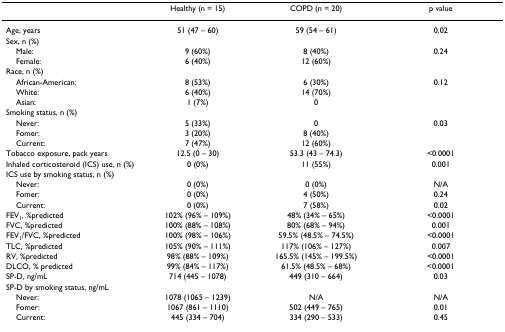
<table><thead><tr><td></td><td><b>Healthy (n = 15)</b></td><td><b>COPD (n = 20)</b></td><td><b>p value</b></td></tr></thead><tbody><tr><td>Age, years</td><td>51 (47 – 60)</td><td>59 (54 – 61)</td><td>0.02</td></tr><tr><td>Sex, n (%)</td><td></td><td></td><td></td></tr><tr><td> Male:</td><td>9 (60%)</td><td>8 (40%)</td><td>0.24</td></tr><tr><td> Female:</td><td>6 (40%)</td><td>12 (60%)</td><td></td></tr><tr><td>Race, n (%)</td><td></td><td></td><td></td></tr><tr><td> African-American:</td><td>8 (53%)</td><td>6 (30%)</td><td>0.12</td></tr><tr><td> White:</td><td>6 (40%)</td><td>14 (70%)</td><td></td></tr><tr><td> Asian:</td><td>1 (7%)</td><td>0</td><td></td></tr><tr><td>Smoking status, n (%)</td><td></td><td></td><td></td></tr><tr><td> Never:</td><td>5 (33%)</td><td>0</td><td>0.03</td></tr><tr><td> Fomer:</td><td>3 (20%)</td><td>8 (40%)</td><td></td></tr><tr><td> Current:</td><td>7 (47%)</td><td>12 (60%)</td><td></td></tr><tr><td>Tobacco exposure, pack years</td><td>12.5 (0 – 30)</td><td>53.3 (43 – 74.3)</td><td>&lt;0.0001</td></tr><tr><td>Inhaled corticosteroid (ICS) use, n (%)</td><td>0 (0%)</td><td>11 (55%)</td><td>0.001</td></tr><tr><td>ICS use by smoking status, n (%)</td><td></td><td></td><td></td></tr><tr><td> Never:</td><td>0 (0%)</td><td>0 (0%)</td><td>N/A</td></tr><tr><td> Fomer:</td><td>0 (0%)</td><td>4 (50%)</td><td>0.24</td></tr><tr><td> Current:</td><td>0 (0%)</td><td>7 (58%)</td><td>0.02</td></tr><tr><td>FEV<sub>1</sub>, %predicted</td><td>102% (96% – 109%)</td><td>48% (34% – 65%)</td><td>&lt;0.0001</td></tr><tr><td>FVC, %predicted</td><td>100% (88% – 108%)</td><td>80% (68% – 94%)</td><td>0.001</td></tr><tr><td>FEV<sub>1</sub>/FVC, %predicted</td><td>100% (98% – 106%)</td><td>59.5% (48.5% – 74.5%)</td><td>&lt;0.0001</td></tr><tr><td>TLC, %predicted</td><td>105% (90% – 111%)</td><td>117% (106% – 127%)</td><td>0.007</td></tr><tr><td>RV, %predicted</td><td>98% (88% – 109%)</td><td>165.5% (145% – 199.5%)</td><td>&lt;0.0001</td></tr><tr><td>DLCO, % predicted</td><td>99% (84% – 117%)</td><td>61.5% (48.5% – 68%)</td><td>&lt;0.0001</td></tr><tr><td>SP-D, ng/mL</td><td>714 (445 – 1078)</td><td>449 (310 – 664)</td><td>0.03</td></tr><tr><td>SP-D by smoking status, ng/mL</td><td></td><td></td><td></td></tr><tr><td> Never:</td><td>1078 (1065 – 1239)</td><td>N/A</td><td>N/A</td></tr><tr><td> Fomer:</td><td>1067 (861 – 1110)</td><td>502 (449 – 765)</td><td>0.01</td></tr><tr><td> Current:</td><td>445 (334 – 704)</td><td>334 (290 – 533)</td><td>0.45</td></tr></tbody></table>